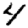
Digit: 4